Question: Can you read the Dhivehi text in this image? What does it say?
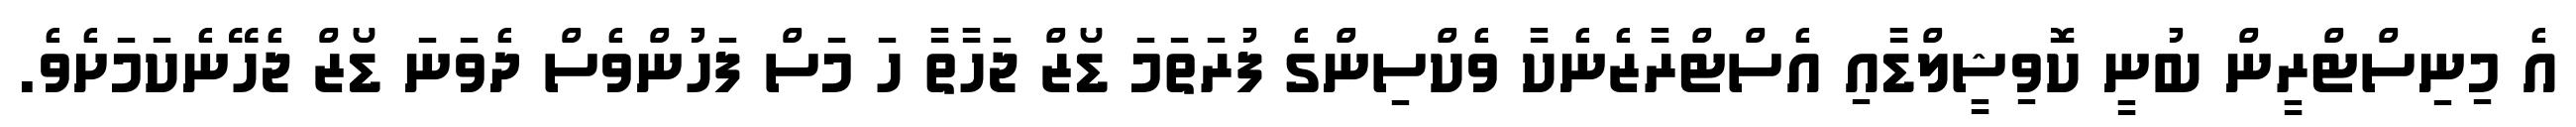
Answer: އެ މިނިސްޓްރީން ބުނީ ކޮވިޝީލްޑާއި އެސްޓްރާޒެނެކާ ވެކްސިންގެ ފުރަތަމަ ޑޯޒް ޖަހާތާ ހަ މަސް ފަހުންވެސް ދެވަނަ ޑޯޒް ޖެހޭނެކަމަށެވެ.